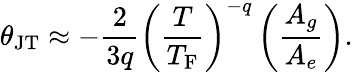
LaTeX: \theta_{\mathrm{JT}}\approx-\frac{2}{3q}\left(\frac{T}{T_{\mathrm{F}}}\right)^{-q}\left(\frac{A_{g}}{A_{e}}\right).